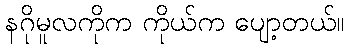
နဂိုမူလကိုက ကိုယ်က ပျော့တယ်။